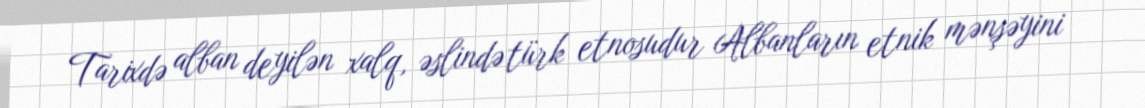
Tarixdə alban deyilən xalq, əslində türk etnosudur Albanların etnik mənşəyini